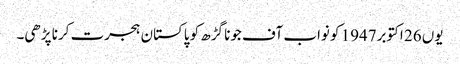
یوں 26 اکتوبر1947 کو نواب آف جونا گڑھ کو پاکستان ہجرت کرنا پڑھی۔